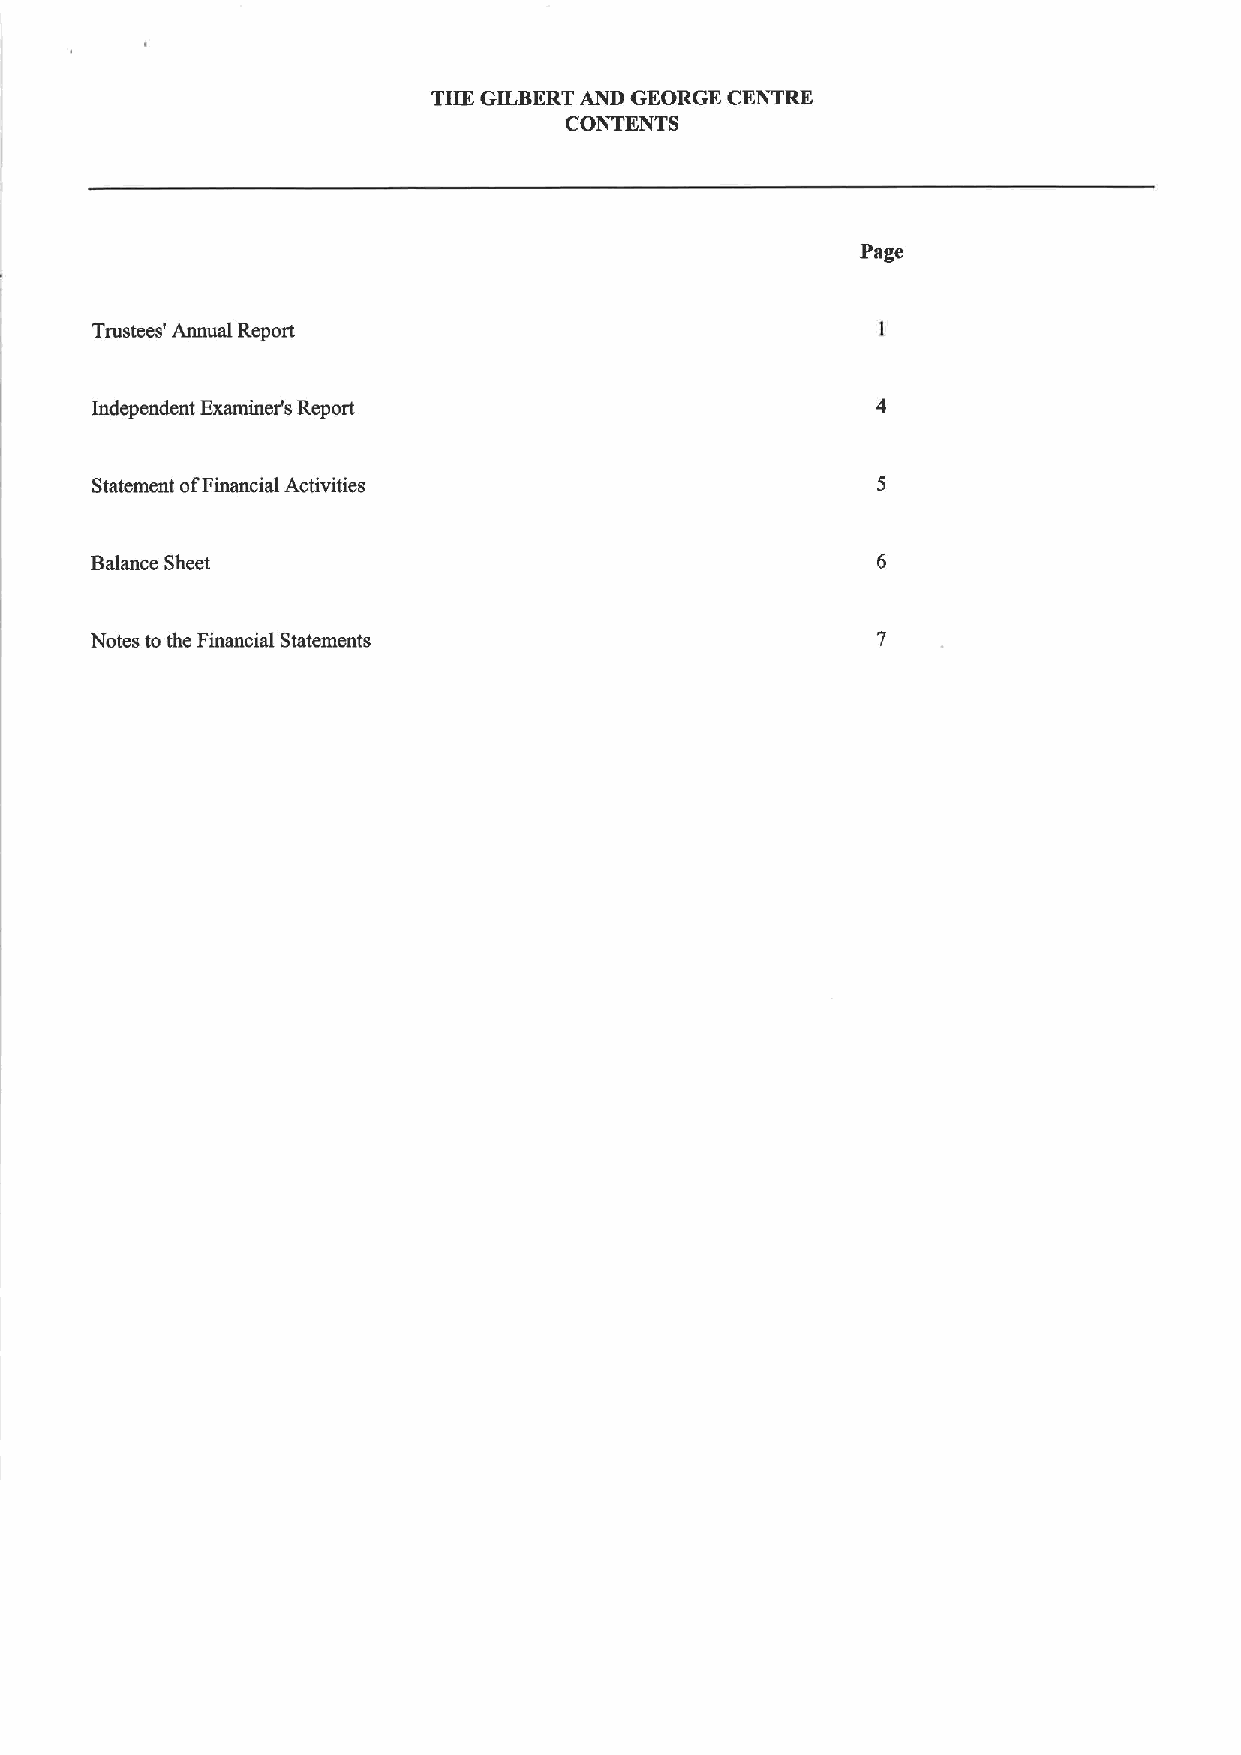
THE GILBERTAND GEORGE CENTRE
 CONTENTS
 Page
 Trustees' Annual Report
 Independent Examiner's Report
 Statement ofFinancial Activities
 Balance Sheet
 Notes to the Financial Statements